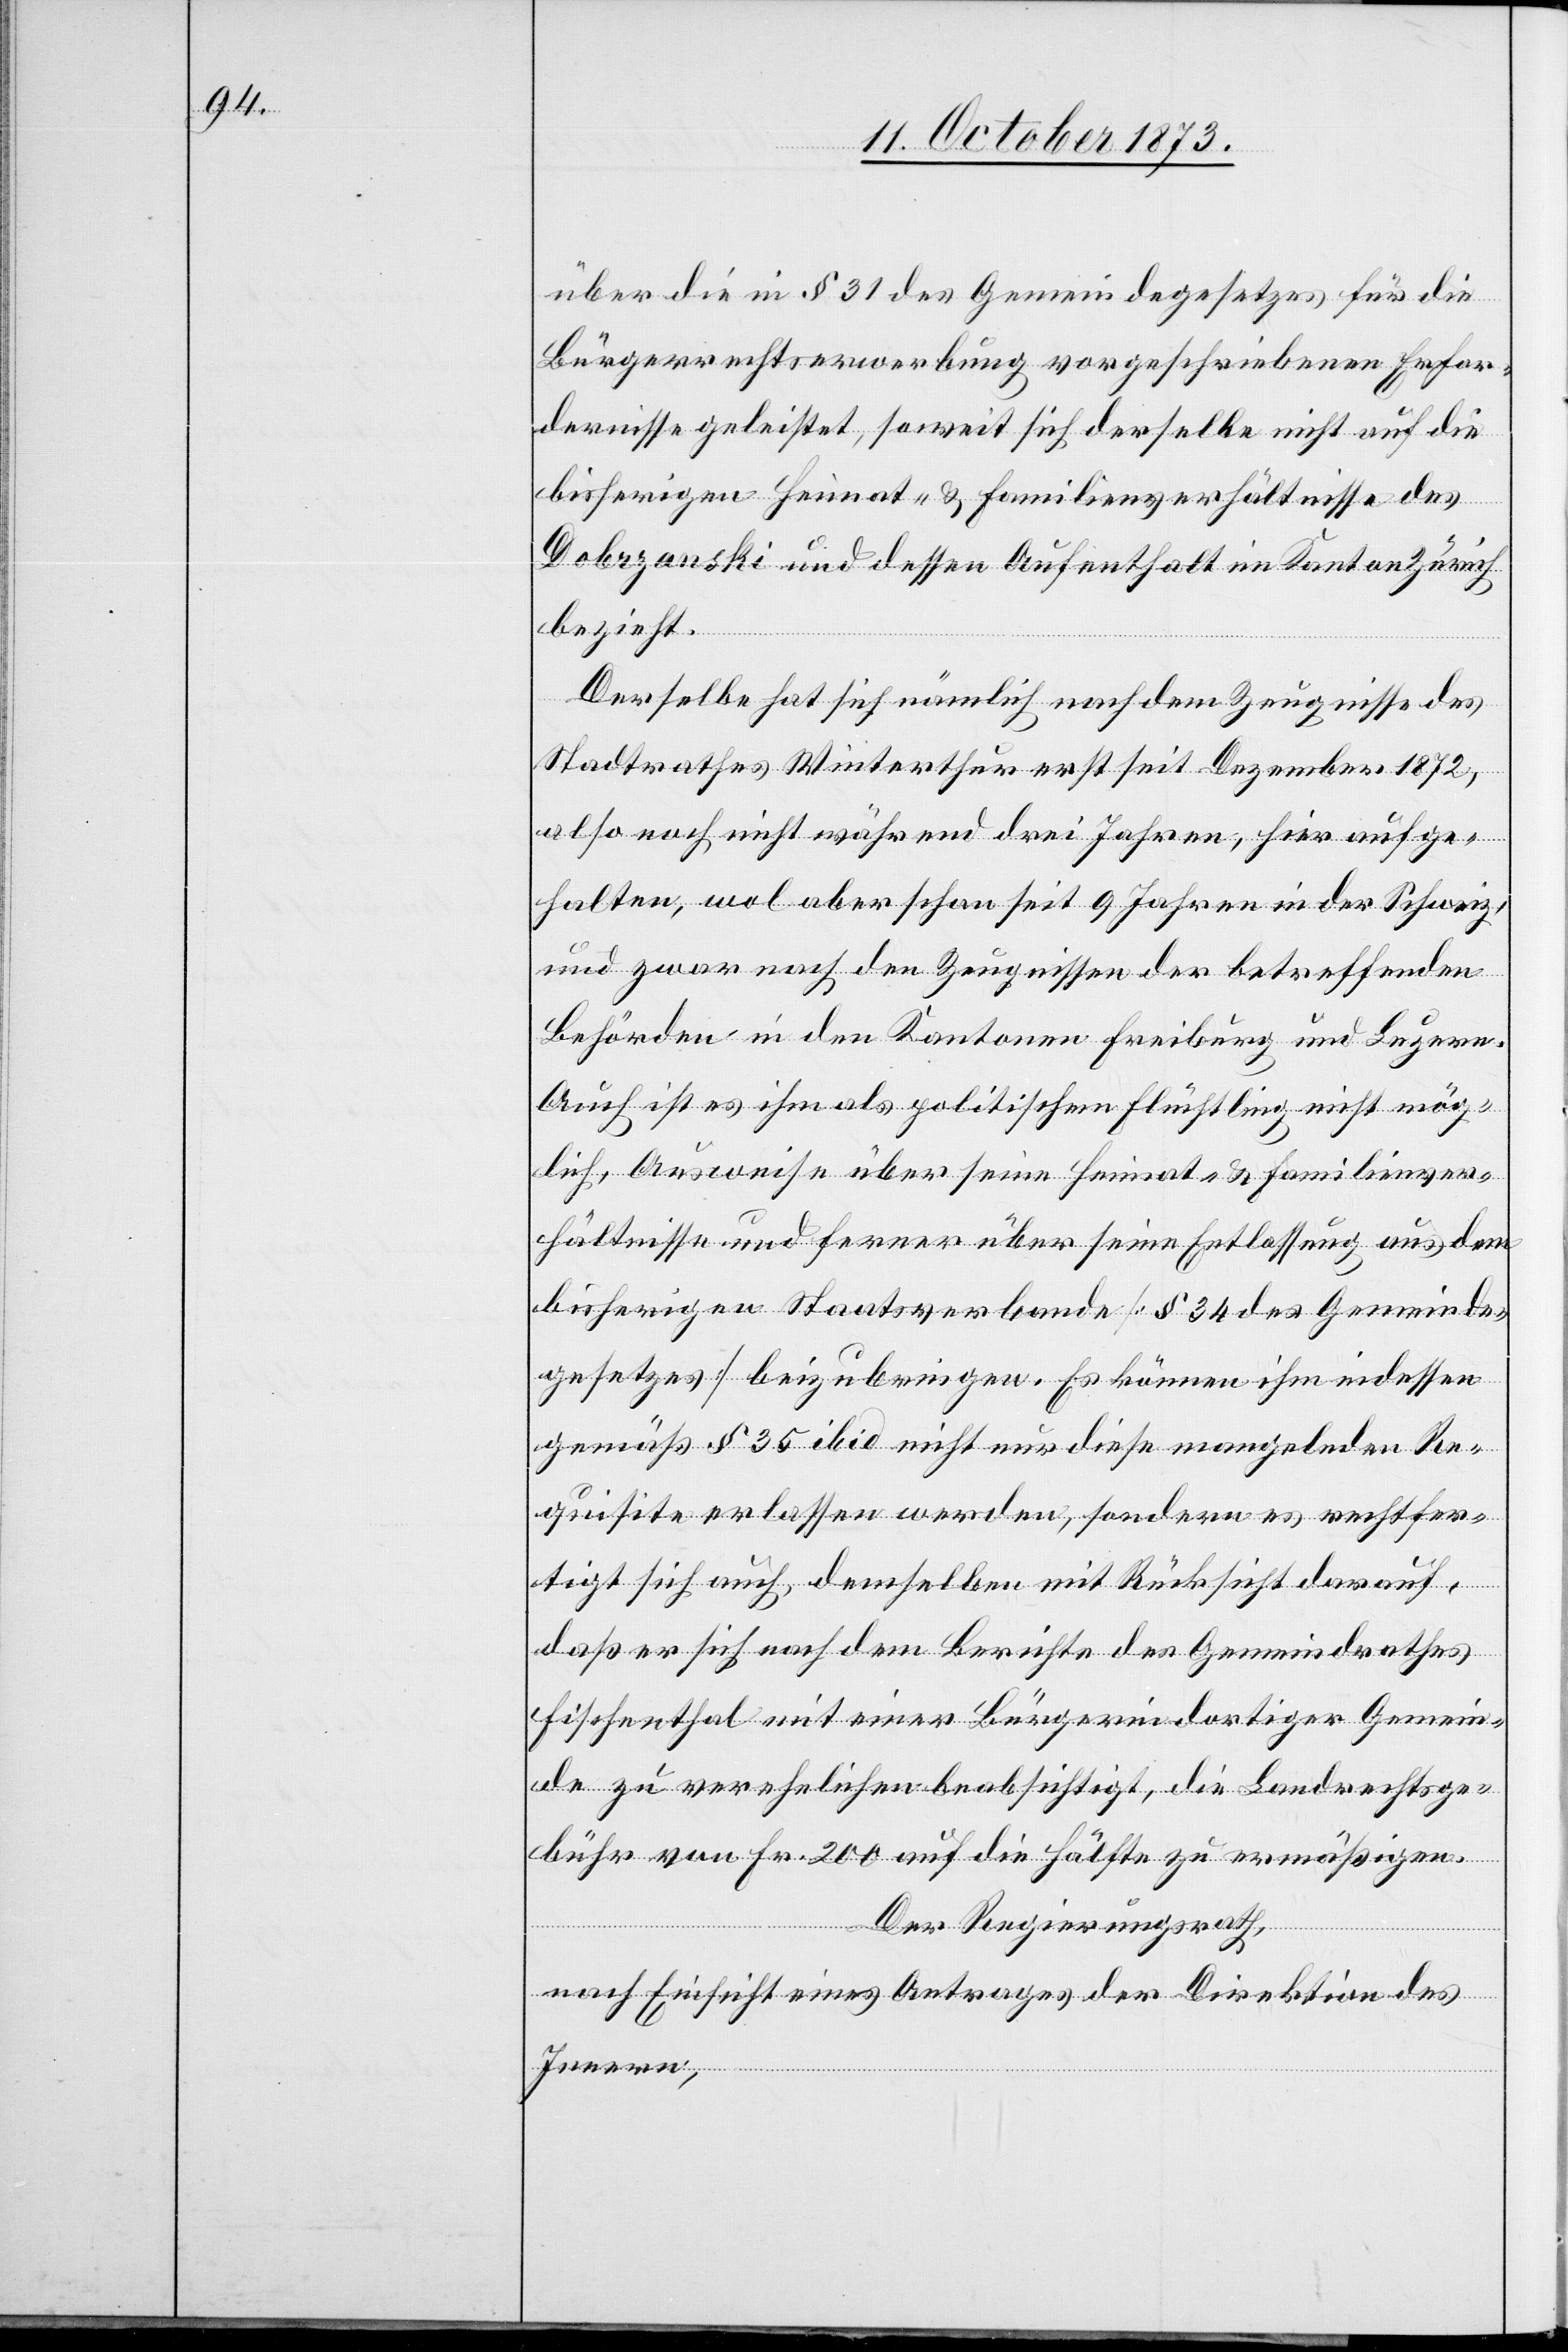
über die in § 31 des Gemeindegesetzes für die
Bürgerrechtserwerbung vorgeschriebenen Erfor¬
dernisse geleistet, soweit sich derselbe nicht auf die
bisherigen Heimat- & Familienverhältnisse des
Dobrzanski und dessen Aufenthalt im Kanton Zürich
bezieht.
Derselbe hat sich nämlich nach dem Zeugnisse des
Stadtrathes Winterthur erst seit Dezember 1872,
also noch nicht während drei Jahren, hier aufge¬
halten, wol aber schon seit 9 Jahren in der Schweiz,
und zwar nach den Zeugnissen der betreffenden
Behörden in den Kantonen Freiburg und Luzern.
Auch ist es ihm als politischem Flüchtling nicht mög¬
lich, Ausweise über seine Heimat- & Familienver¬
hältnisse und ferner über seine Entlassung aus dem
bisherigen Staatsverbande [§ 34 des Gemeinde¬
gesetzes] beizubringen. Es können ihm indessen
gemäß § 35 ibid nicht nur diese mangelnden Re¬
quisite erlassen werden, sondern es rechtfer¬
tigt sich auch, demselben mit Rücksicht darauf,
daß er sich nach dem Berichte des Gemeindrathes
Fischenthal mit einer Bürgerin dortiger Gemein¬
de zu verehelichen beabsichtigt, die Landrechtsge¬
bühr von Fr. 200 auf die Hälfte zu ermäßigen.
Der Regierungsrath,
nach Einsicht eines Antrages der Direktion des
Innern,